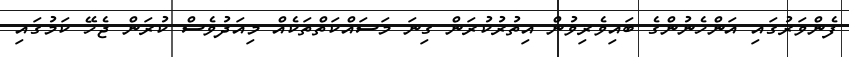
ފެންވަރުގައި އަންހެނުންގެ ބައިވެރިވުން އިތުރުކުރަން ގިނަ މަސައްކަތްތަކެއް މިއަދުވެސް ކުރަން ޖެހޭ ކަމުގައި